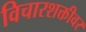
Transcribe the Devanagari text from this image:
विचारशक्तीवर